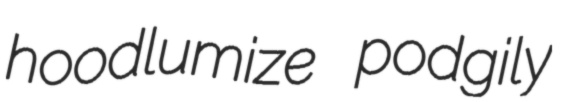
hoodlumize podgily